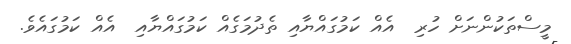
މީސްތަކުންނަށް ހުރި  އެއް ކަމުގައްޔާއި ތެދުމަގެއް ކަމުގައްޔާއި  އެއް ކަމުގައެވެ.